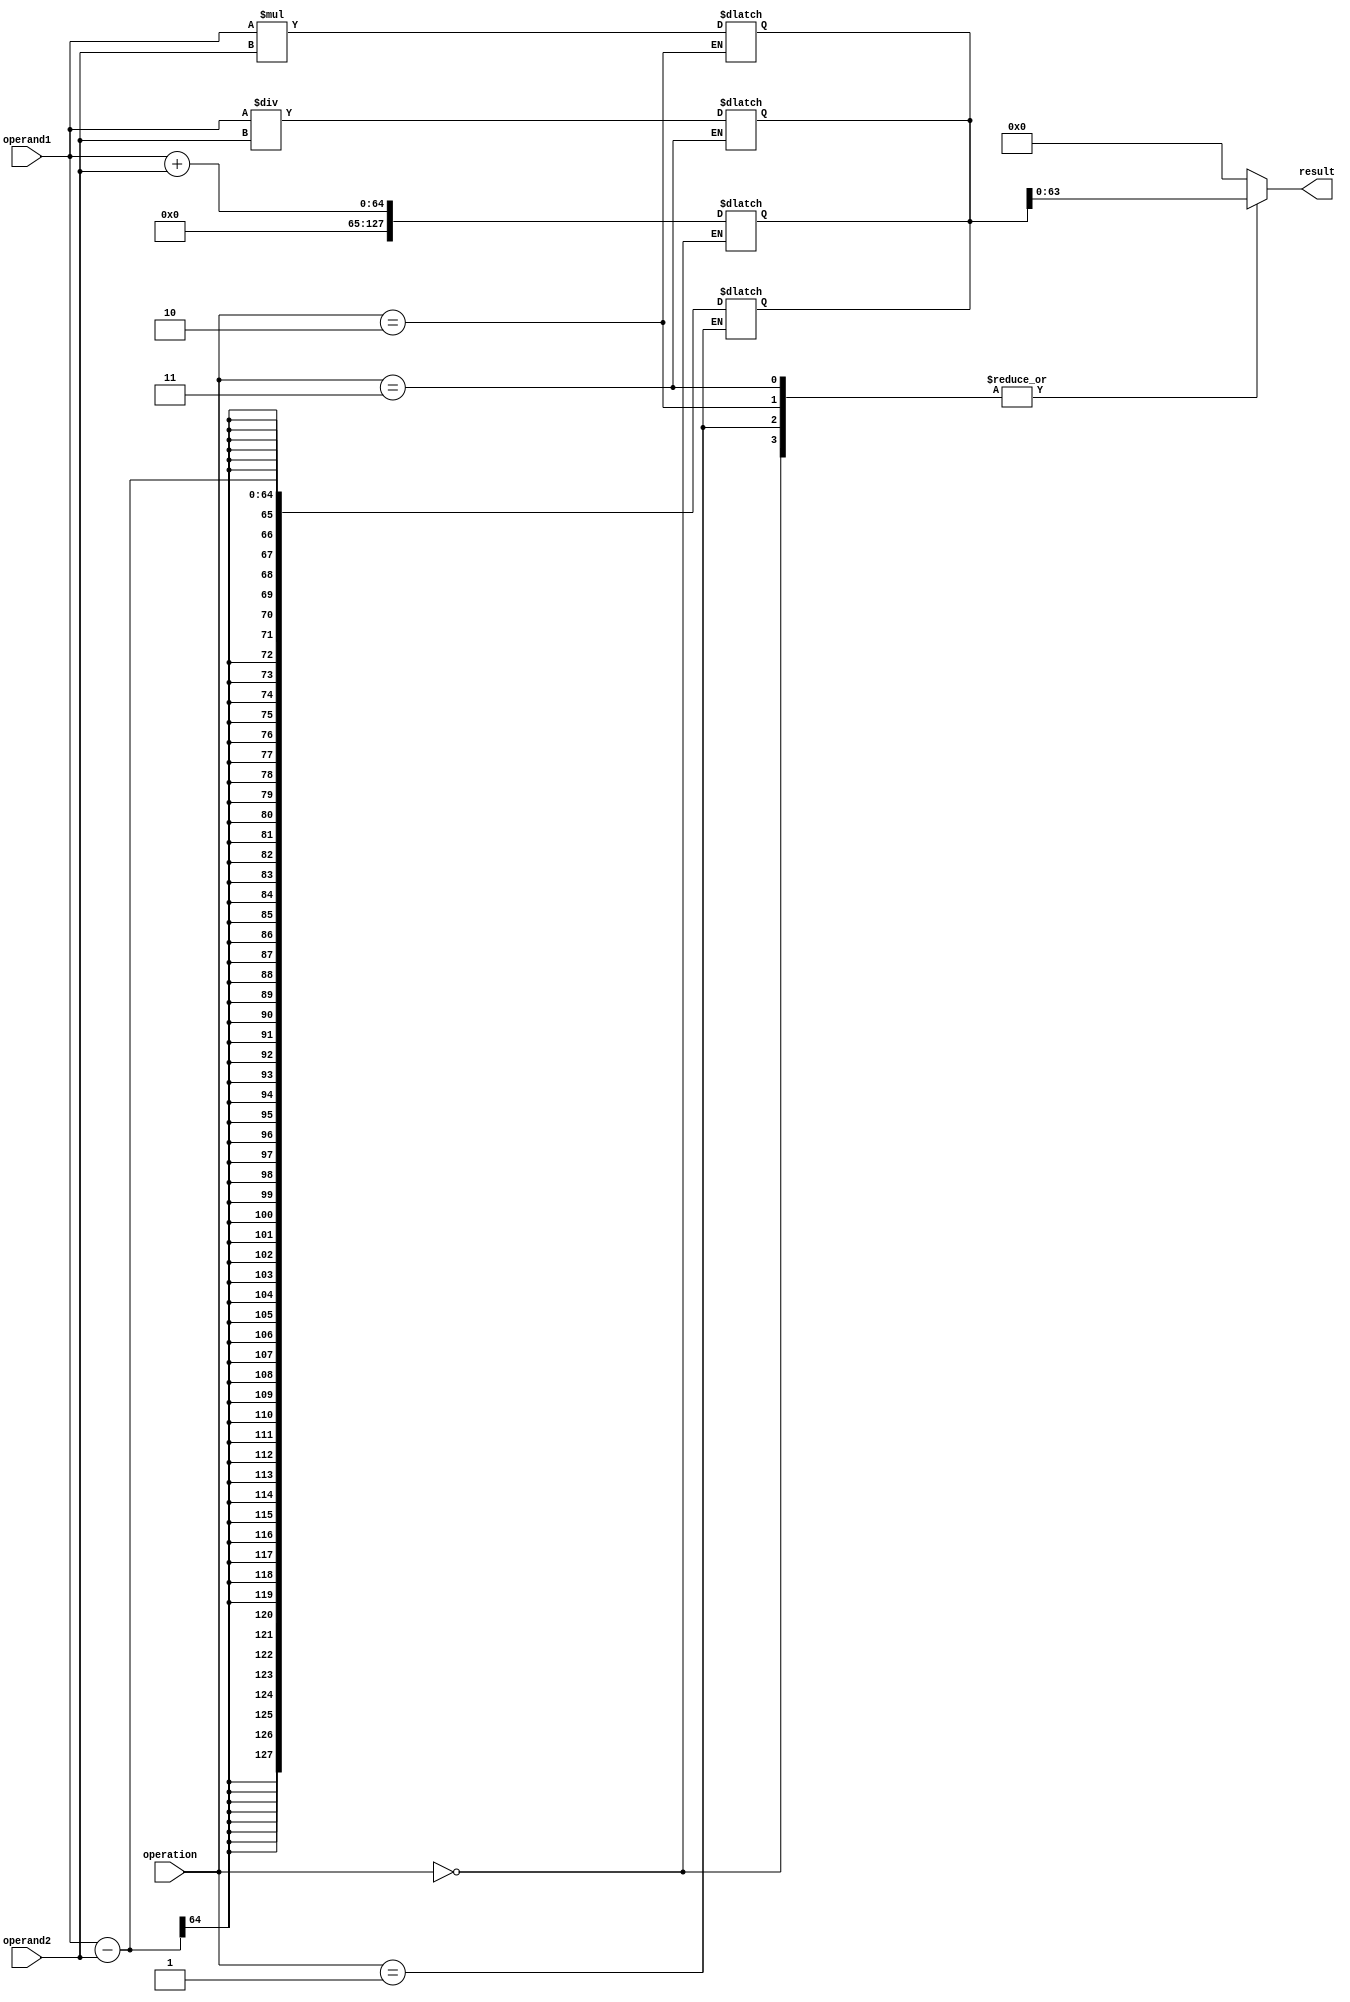
module extended_precision_floating_point_unit (
    input wire [63:0] operand1,
    input wire [63:0] operand2,
    input wire [3:0] operation,
    output wire [63:0] result
);

reg [127:0] temp_result;

// Adder block
always @*
begin
    if(operation == 4'b0000)
        temp_result = operand1 + operand2;
end

// Subtractor block
always @*
begin
    if(operation == 4'b0001)
        temp_result = operand1 - operand2;
end

// Multiplier block
always @*
begin
    if(operation == 4'b0010)
        temp_result = operand1 * operand2;
end

// Divider block
always @*
begin
    if(operation == 4'b0011)
        temp_result = operand1 / operand2;
end

// Control logic to route operands to appropriate block
always @*
begin
    case(operation)
        4'b0000: result = temp_result[63:0];  // Adder output
        4'b0001: result = temp_result[63:0];  // Subtractor output
        4'b0010: result = temp_result[63:0];  // Multiplier output
        4'b0011: result = temp_result[63:0];  // Divider output
        default: result = 64'd0;
    endcase
end

endmodule